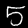
Digit: 5